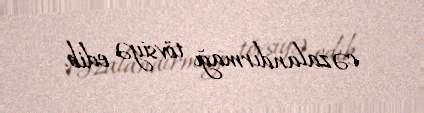
cəzalandırmağı tövsiyə edib.